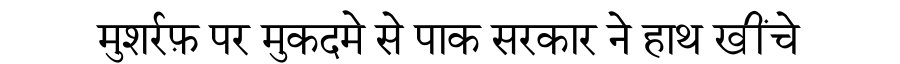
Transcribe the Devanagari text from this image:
मुशर्रफ़ पर मुकदमे से पाक सरकार ने हाथ खींचे